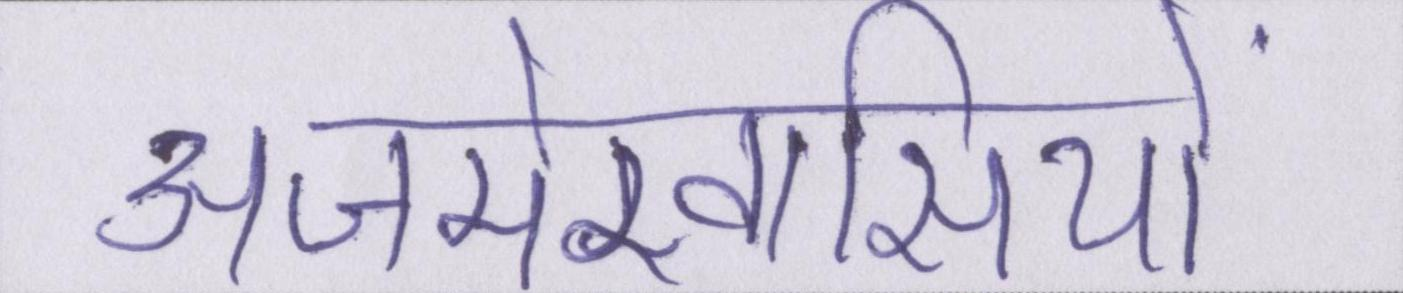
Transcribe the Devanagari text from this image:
अजमेरवासियों